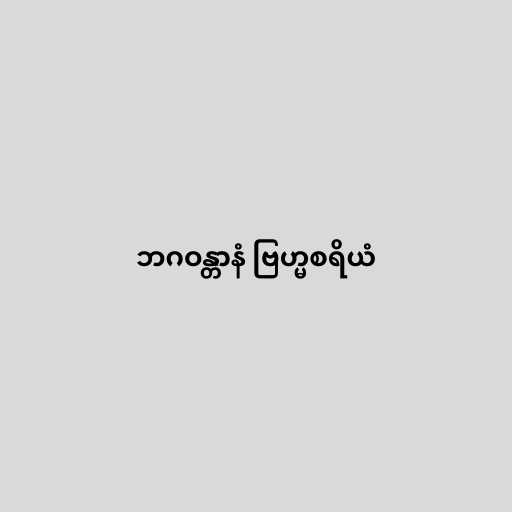
ဘဂဝန္တာနံ ဗြဟ္မစရိယံ